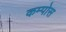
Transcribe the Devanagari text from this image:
कम्पोस